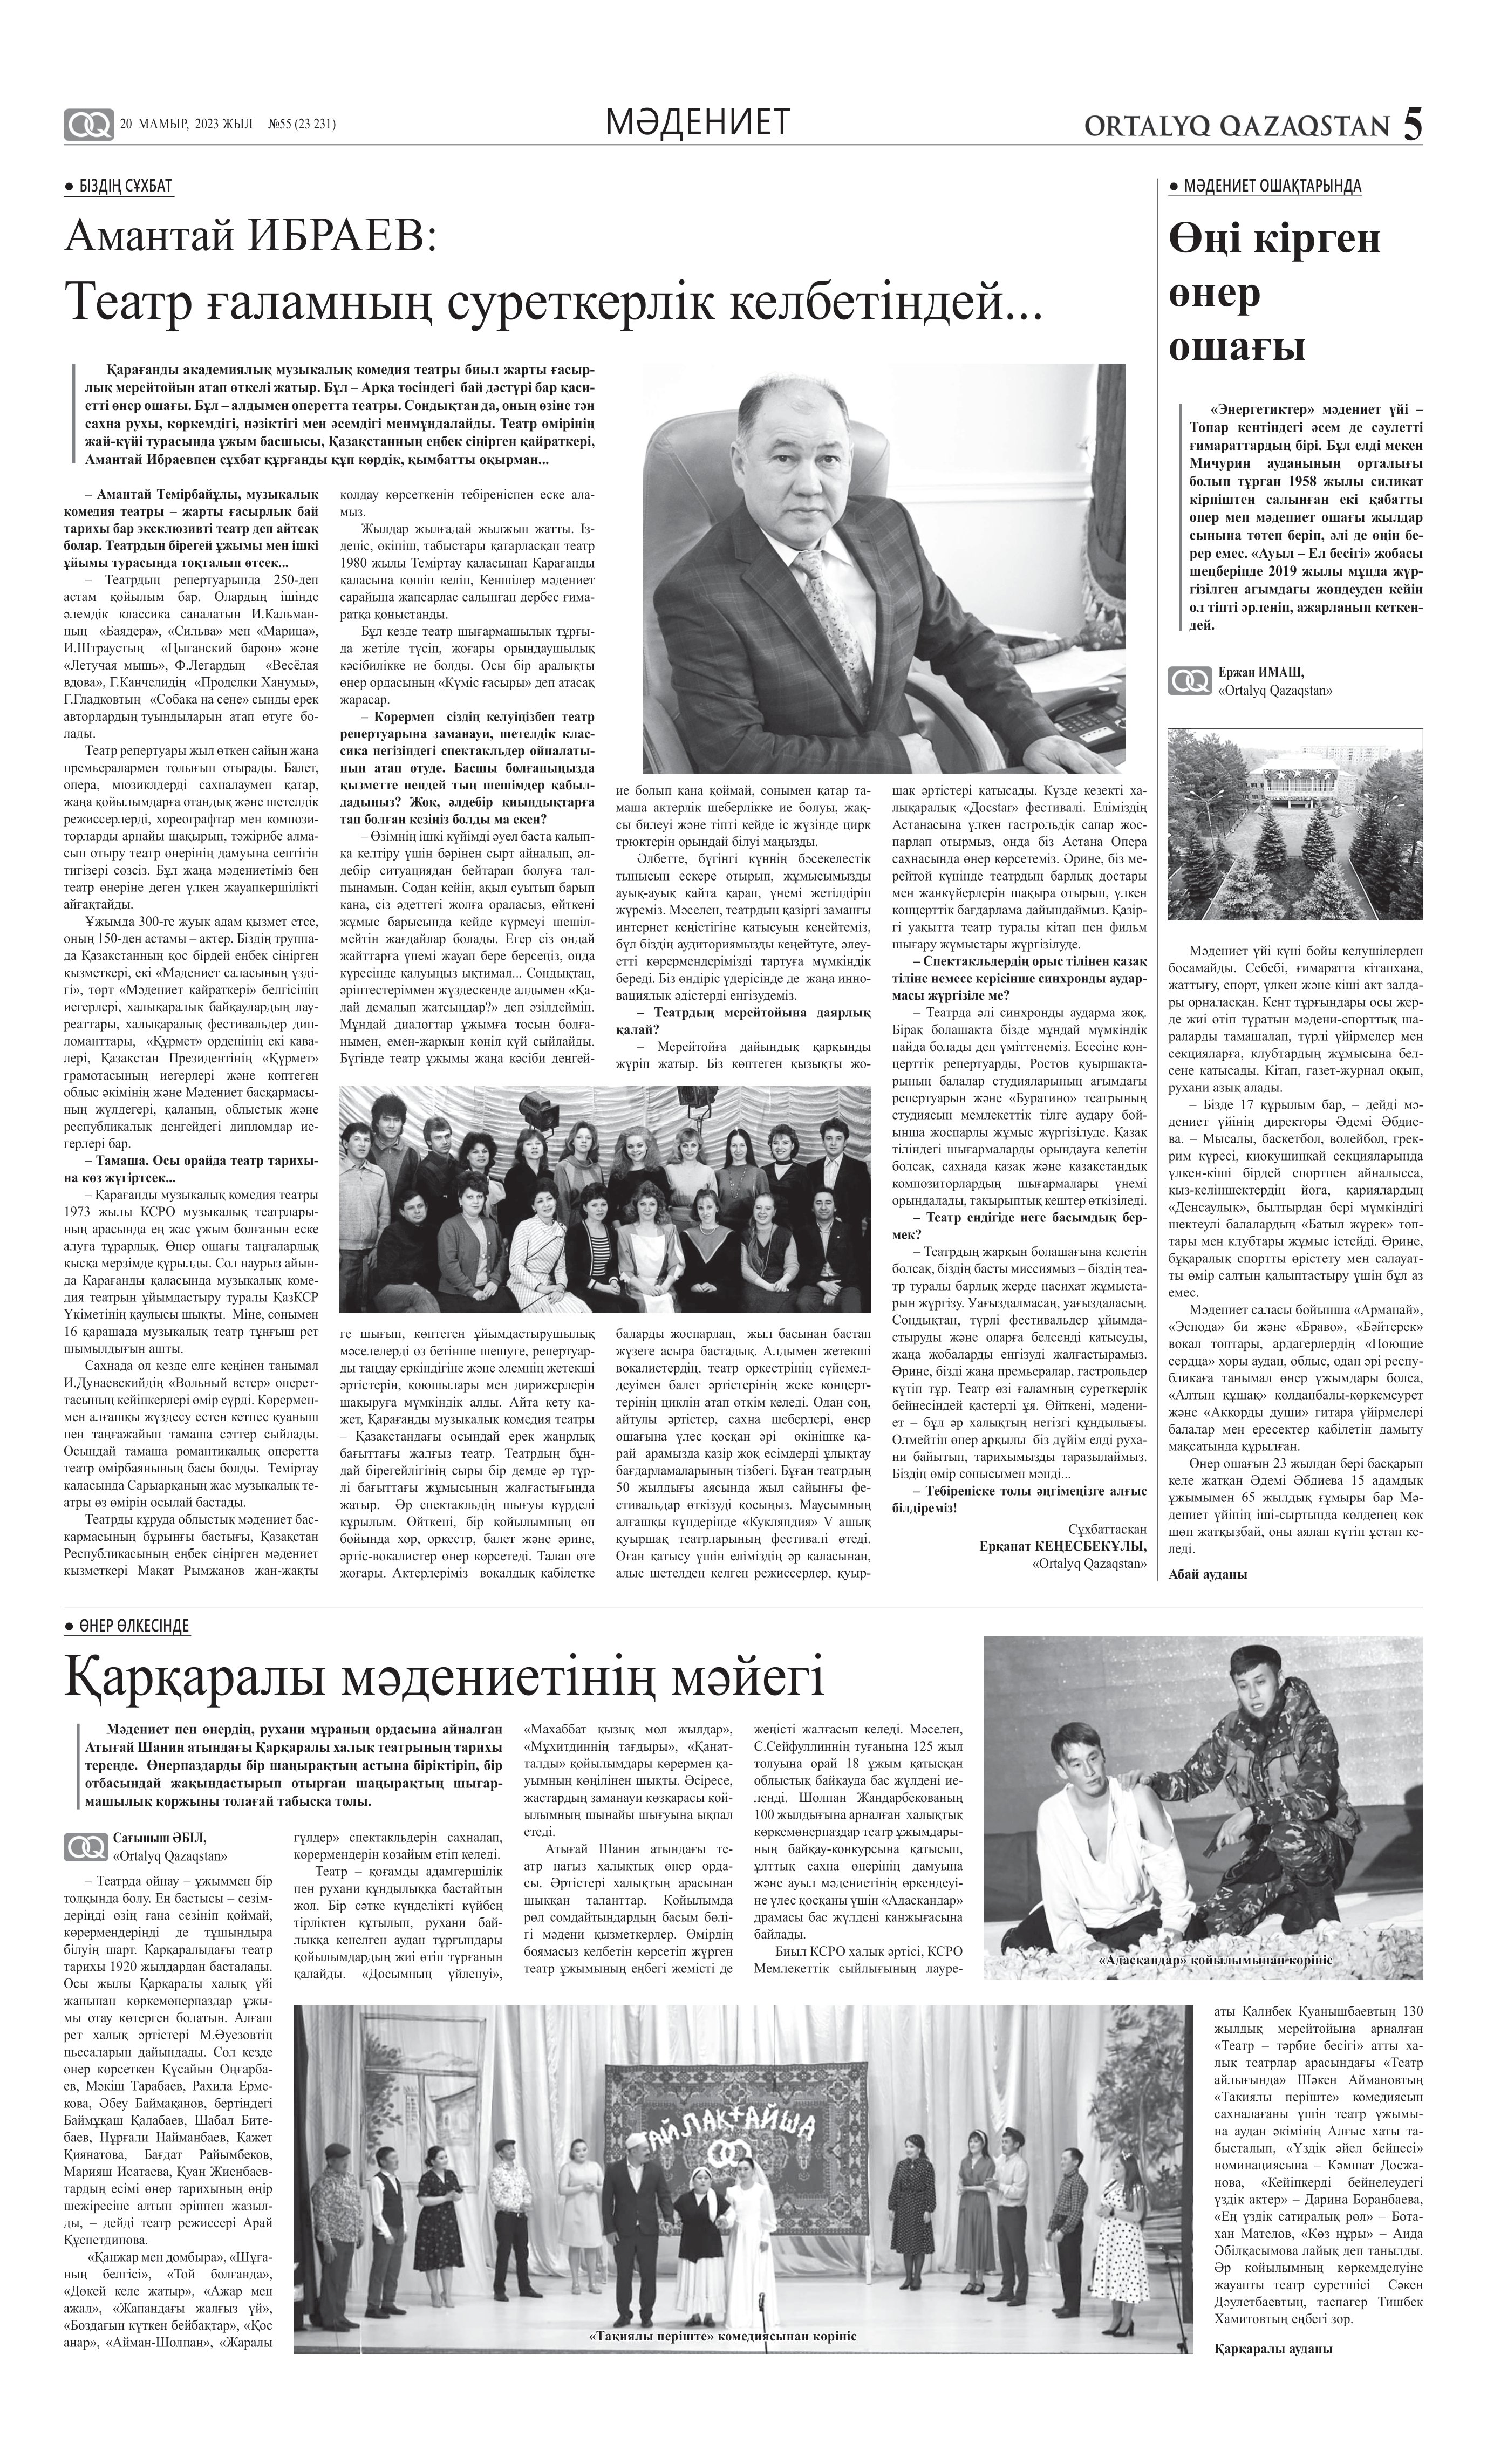
Language: kk